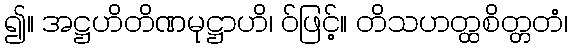
၍။ အဋ္ဌဟိတိဏမုဋ္ဌာဟိ၊ ဝ်ဖြင့်။ တိသဟတ္ထစိတ္တတံ၊